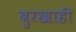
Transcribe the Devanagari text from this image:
बुरखाही